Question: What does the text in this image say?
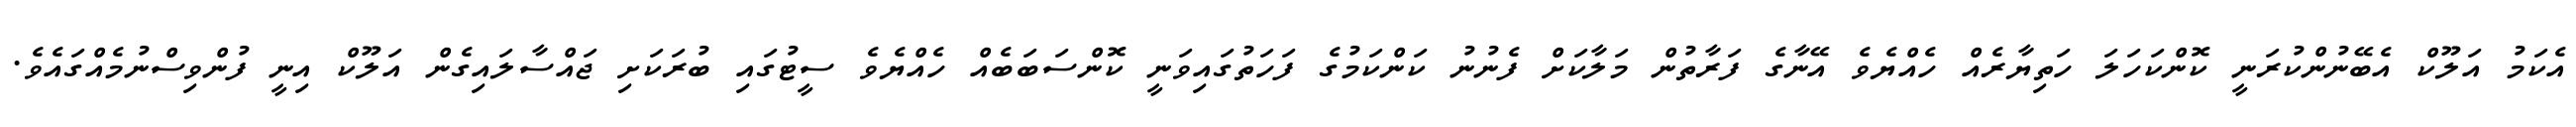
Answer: އެކަމު އަލޫކް އެބޭނުންކުރަނީ ކޮންކަހަލަ ހަތިޔާރެއް ހެއްޔެވެ އޭނާގެ ފަރާތުން މަލާކަށް ފެނުނު ކަންކަމުގެ ފަހަތުގައިވަނީ ކޮންސަބަބެއް ހެއްޔެވެ ސީޓުގައި ބުރަކަށި ޖައްސާލައިގެން އަލޫކް އިނީ ފުންވިސްނުމެއްގައެވެ.